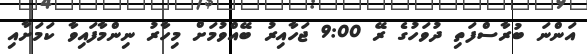
އަންނަ ބުރާސްފަތި ދުވަހުގެ ރޭ 9:00 ޖަހާއިރު ބޭއްވުމަށް މިހާރު ނިންމާފައިވާ ކަމަށާއި